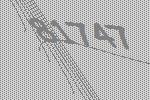
81747